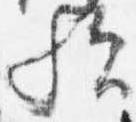
歟